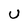
Character: u